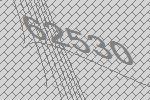
62530